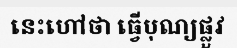
នេះហៅថា ធ្វើបុណ្យផ្លួវ